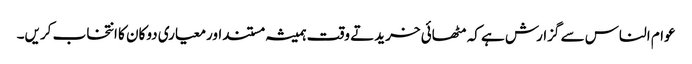
عوام الناس سے گزارش ہے کہ مٹھائی خریدتے وقت ہمیشہ مستنداورمعیاری دوکان کا انتخاب کریں۔